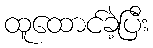
ထူထောင်ခဲ့ပြီး